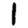
Digit: 1